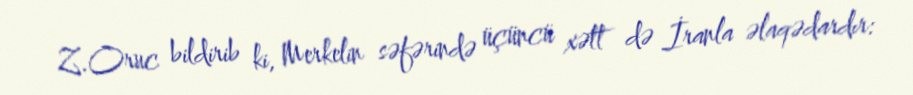
Z.Oruc bildirib ki, Merkelin səfərində üçüncü xətt də İranla əlaqədardır: